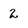
Character: 2